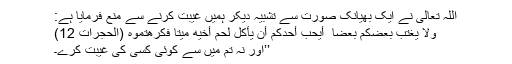
اللہ تعالیٰ نے ایک بھیانک صورت سے تشبیہ دیکر ہمیں غیبت کرنے سے منع فرمایا ہے:
وَلَا يَغْتَب بَّعْضُكُم بَعْضًا ۚ أَيُحِبُّ أَحَدُكُمْ أَن يَأْكُلَ لَحْمَ أَخِيهِ مَيْتًا فَكَرِهْتُمُوهُ (الحجرات 12)
’’اور نہ تم میں سے کوئی کسی کی غیبت کرے۔